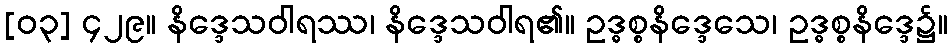
[၀၃] ၄၂၉။ နိဒ္ဒေသဝါရဿ၊ နိဒ္ဒေသဝါရ၏။ ဥဒ္ဓစ္စနိဒ္ဒေသေ၊ ဥဒ္ဓစ္စနိဒ္ဒေ၌။